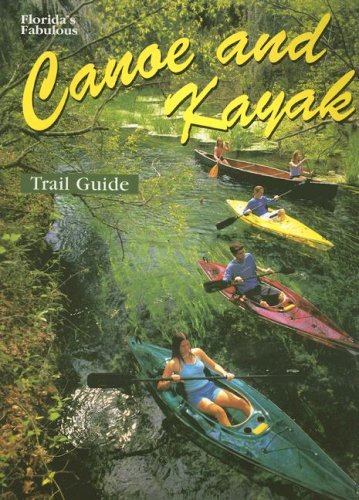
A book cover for Florida's Fabulous Canoe and Kayak Trail Guide (Florida's Fabulous Nature); Sports & Outdoors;